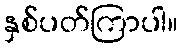
နှစ်ပတ်ကြာပါ။